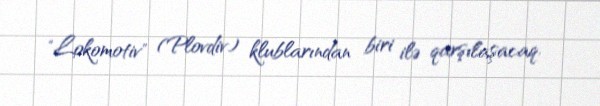
"Lokomotiv" (Plovdiv) klublarından biri ilə qarşılaşacaq.